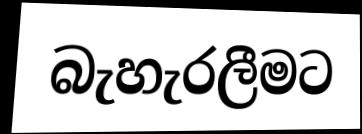
බැහැරලීමට